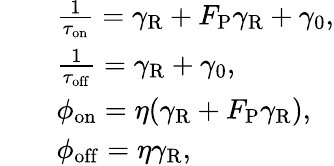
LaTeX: \begin{array}{rl}&{\quad\frac{1}{\tau_{\mathrm{on}}}=\gamma_{\mathrm{R}}+F_{\mathrm{P}}\gamma_{\mathrm{R}}+\gamma_{\mathrm{0}},}\\ &{\quad\frac{1}{\tau_{\mathrm{off}}}=\gamma_{\mathrm{R}}+\gamma_{\mathrm{0}},}\\ &{\quad\phi_{\mathrm{on}}=\eta(\gamma_{\mathrm{R}}+F_{\mathrm{P}}\gamma_{\mathrm{R}}),}\\ &{\quad\phi_{\mathrm{off}}=\eta\gamma_{\mathrm{R}},}\end{array}